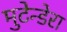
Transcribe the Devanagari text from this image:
मुटेन्डेरा